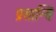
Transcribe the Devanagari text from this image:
प्रसान्ति